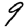
Digit: 9